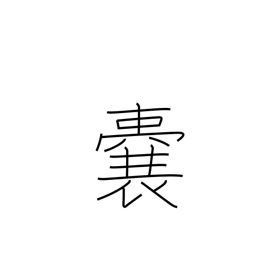
Meaning: purse